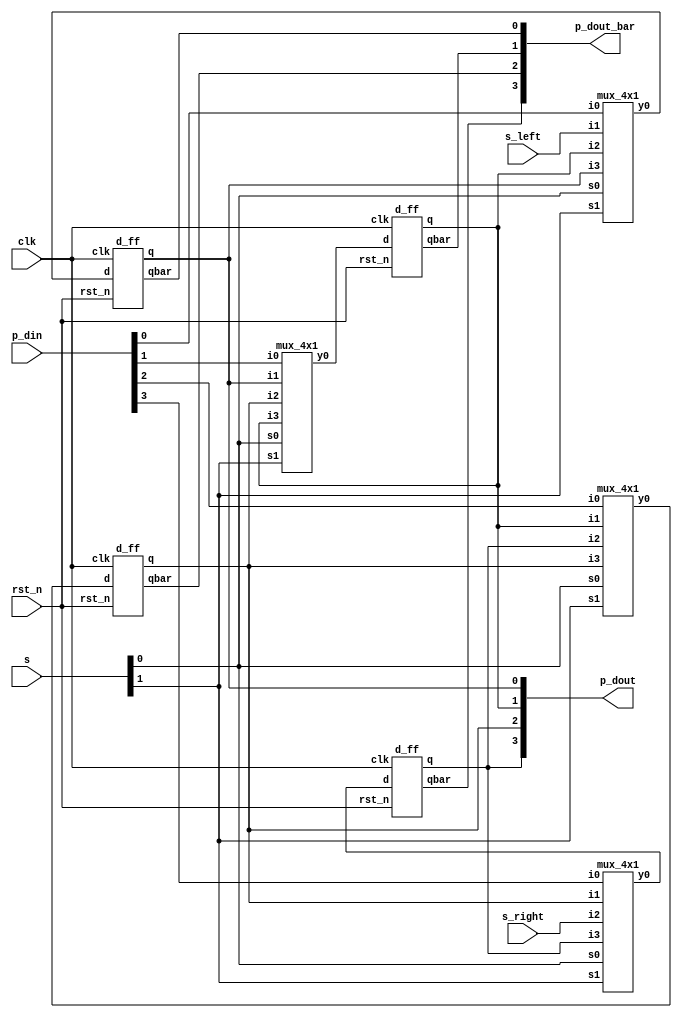
`timescale 1ns / 1ps

module universal_shift_reg(
    output [3:0] p_dout,
    output [3:0] p_dout_bar,
    input  [3:0] p_din ,
    input  rst_n, clk, s_right, s_left,
    input [1:0]s
    
    );
    wire [3:0]d;
    wire [3:0]q;
    wire [3:0]qbar;
   mux_4x1 mux1(d[0],p_din[0],s_left,q[1],q[0],s[1],s[0]);
    mux_4x1 mux2(d[1],p_din[1],q[0],q[2],q[1],s[1],s[0]);
    mux_4x1 mux3(d[2],p_din[2],q[1],q[3],q[2],s[1],s[0]);
    mux_4x1 mux4(d[3],p_din[3],q[2],s_right,q[3],s[1],s[0]);
    
    d_ff ff1(q[0],qbar[0],d[0],rst_n,clk);
    d_ff ff2(q[1],qbar[1],d[1],rst_n,clk);
    d_ff ff3(q[2],qbar[2],d[2],rst_n,clk);
    d_ff ff4(q[3],qbar[3],d[3],rst_n,clk);
    
    assign p_dout_bar = {qbar[3:0]};
    assign p_dout = {q[3:0]};
    
endmodule


module mux_4x1(
    output y0,
    input i0,i1,i2,i3,
    input s1,s0
    );
    wire w1,w2,a,b,c,d;
    
    not n1(w1,s1);
    not n2(w2,s0);
    and a1(a,w1,w2,i0);
    and a2(b,w1,s0,i1);
    and a3(c,s1,w2,i2);
    and a4(d,s1,s0,i3);
    or o1(y0,a,b,c,d);
endmodule

module d_ff(
    output reg q,qbar,
    input d,rst_n,clk
    );
always@(posedge clk or negedge rst_n)
begin
if(!rst_n) begin
q=1'b0; qbar=1'b1; end
else begin
if(d==0) begin
q=1'b0; qbar=1'b1; end
else if(d==1) begin
q=1'b1; qbar=1'b0; end
end

end

endmodule